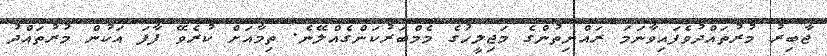
ޖާބިރު މުރުތައްދުވެފައިވާނަމަ ރައްޔިތުންގެ މަޖިލީހުގެ މެމްބަރުކަންގެއްލޭނެ. ތިމާއަށް ކުރެވޭ ފާފަ އަކުން މުރުތައްދު